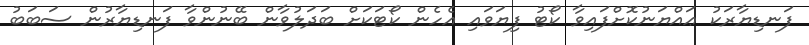
ފަނޑިޔާރަކު ޢައްޔަނުކޮށްފައިވާ ކޯޓު ފިޔަވައި އެހެން ކޯޓަކަށް ބަދަލުވާން ބޭނުންވާ ފަނޑިޔާރުން ސަބަބު